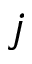
j